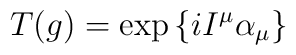
T(g) =\exp{\{i I^\mu\alpha_\mu\} }